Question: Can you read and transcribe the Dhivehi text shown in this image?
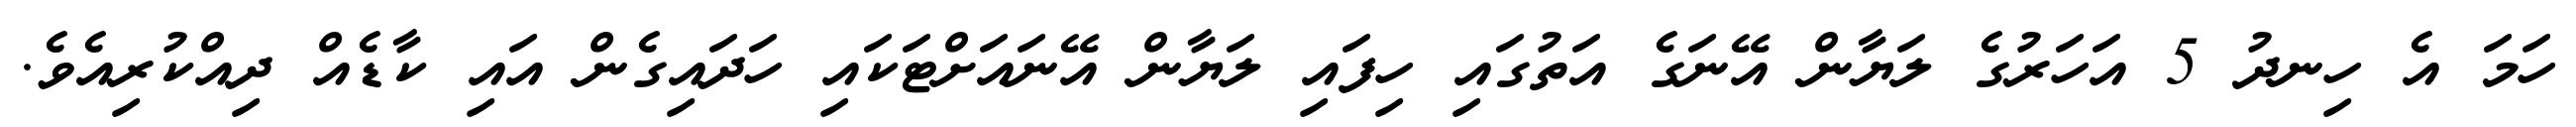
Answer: ހަމަ އެ ހިނދު 5 އަހަރުގެ ލަޔާން އޭނަގެ އަތުގައި ހިފައި ލަޔާން އޭނައަށްޓަކައި ހަދައިގެން އައި ކާޑެއް ދިއްކުރިއެވެ.